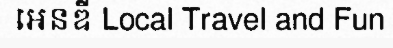
អេនឌី Local Travel and Fun